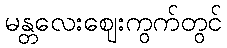
မန္တလေးဈေးကွက်တွင်